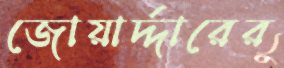
জোয়ার্দ্দারের